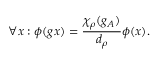
\forall x : \phi ( g x ) = \frac { \chi _ { \rho } ( g _ { A } ) } { d _ { \rho } } \phi ( x ) .